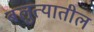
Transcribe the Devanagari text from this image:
बलुत्यातील